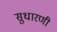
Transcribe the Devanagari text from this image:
सुधारणी